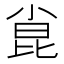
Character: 𫴾